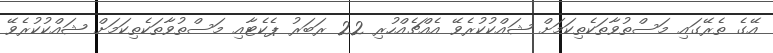
އޭގެ ތެރޭގައި މަސްތުވާތަކެތިކަމަށް ޝައްކުކުރެވޭ އެއްޗެއްހުރި 22 ރަބަރު ޕެކެޓާއި މަސްތުވާތަކެތިކަމަށް ޝައްކުކުރެވޭ